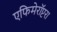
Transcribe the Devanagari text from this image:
एफिमेरॉप्टरा